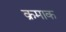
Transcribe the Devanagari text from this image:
क्रमाक